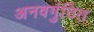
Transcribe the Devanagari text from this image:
अनवगुंठित